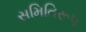
સમિતિરૂપ